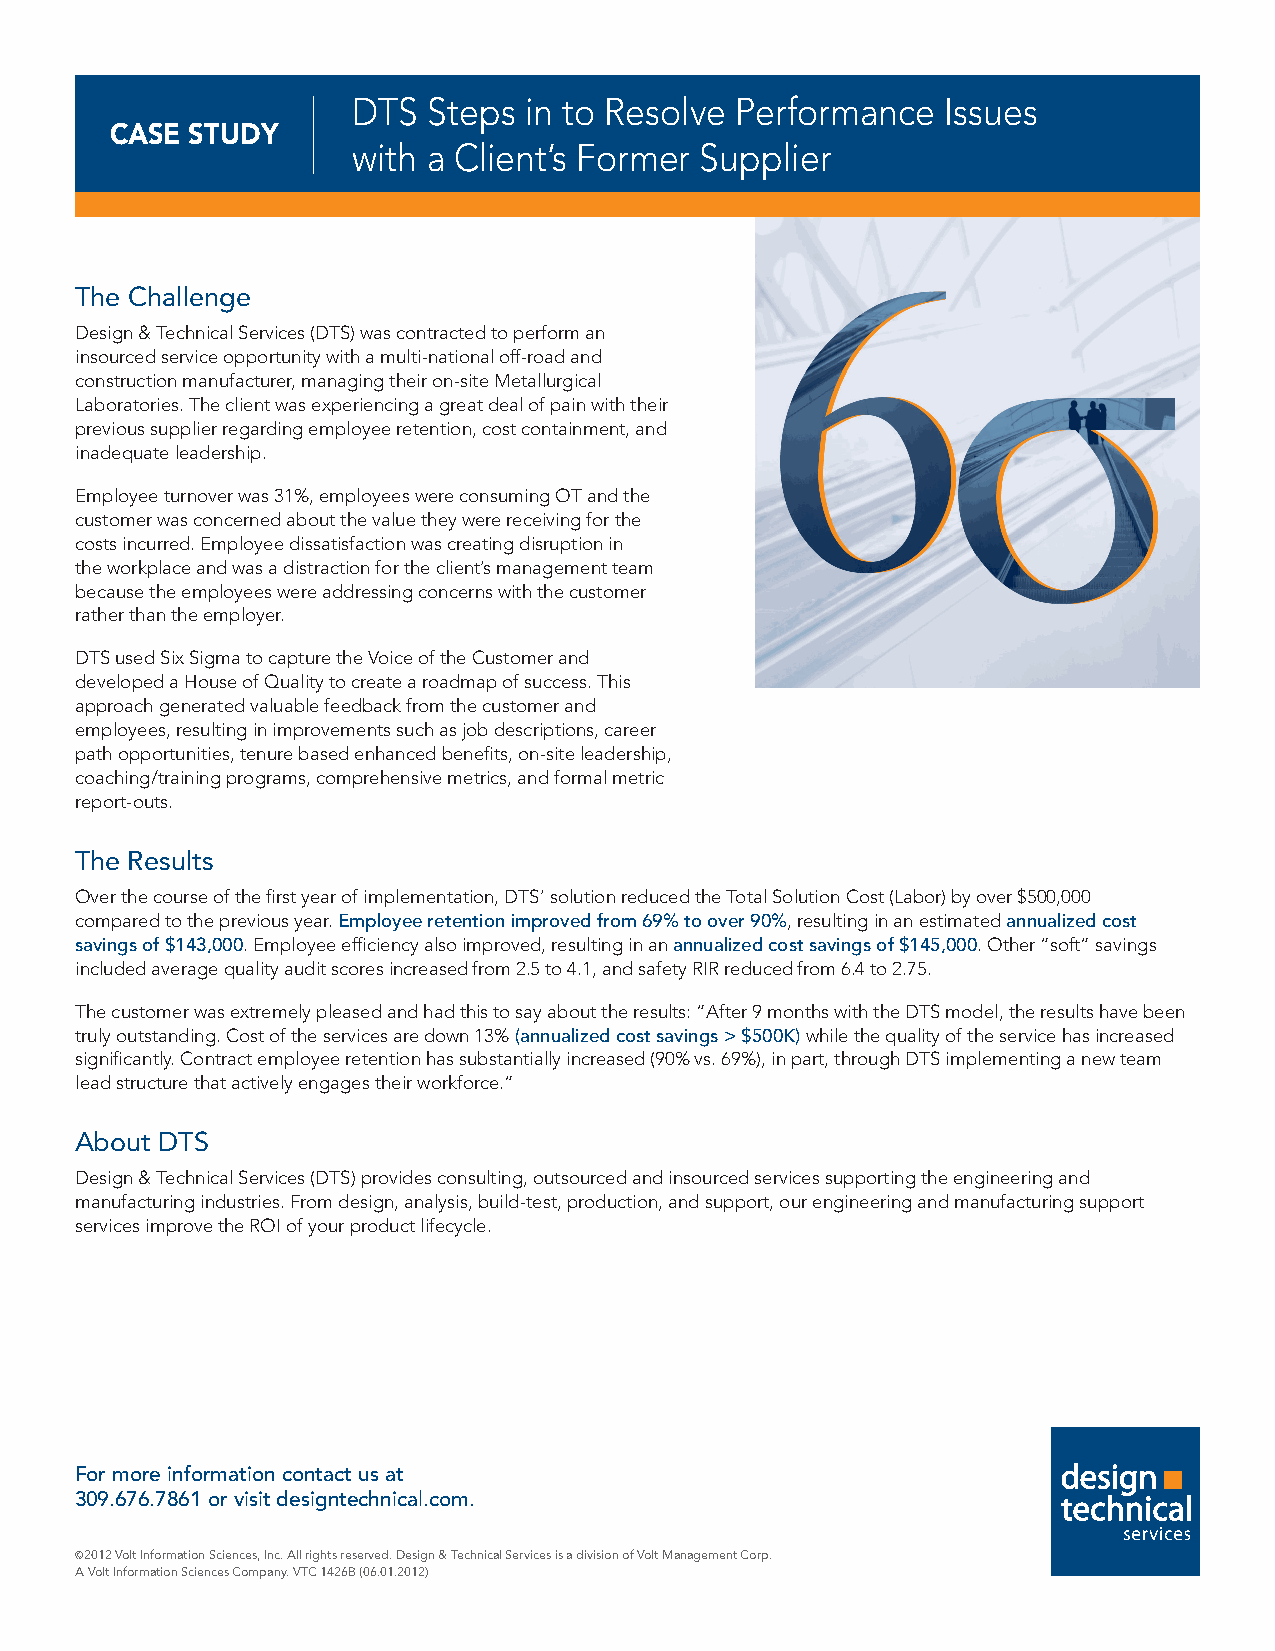
DTS  Steps  in to Resolve Performance   Issues
 CASE  STUDY
 with a Client’s Former Supplier
 The Challenge
 Design & Technical Services (DTS) was contracted to perform an
 insourced service opportunity with a multi-national off-road and
 construction manufacturer, managing their on-site Metallurgical
 Laboratories. The client was experiencing a great deal of pain with their
 previous supplier regarding employee retention, cost containment, and
 inadequate leadership.
 Employee turnover was 31%, employees were consuming OT and the
 customer was concerned about the value they were receiving for the
 costs incurred. Employee dissatisfaction was creating disruption in
 the workplace and was a distraction for the client’s management team
 because the employees were addressing concerns with the customer
 rather than the employer.
 DTS used Six Sigma to capture the Voice of the Customer and
 developed a House of Quality to create a roadmap of success. This
 approach generated valuable feedback from the customer and
 employees, resulting in improvements such as job descriptions, career
 path opportunities, tenure based enhanced benefits, on-site leadership,
 coaching/training programs, comprehensive metrics, and formal metric
 report-outs.
 The Results
 Over the course of the first year of implementation, DTS’ solution reduced the Total Solution Cost (Labor) by over $500,000
 compared to the previous year. Employee retention improved from 69% to over 90%, resulting in an estimated annualized cost
 savings of $143,000. Employee efficiency also improved, resulting in an annualized cost savings of $145,000. Other “soft” savings
 included average quality audit scores increased from 2.5 to 4.1, and safety RIR reduced from 6.4 to 2.75.
 The customer was extremely pleased and had this to say about the results: “After 9 months with the DTS model, the results have been
 truly outstanding. Cost of the services are down 13% (annualized cost savings > $500K) while the quality of the service has increased
 significantly. Contract employee retention has substantially increased (90% vs. 69%), in part, through DTS implementing a new team
 lead structure that actively engages their workforce.”
 About DTS
 Design & Technical Services (DTS) provides consulting, outsourced and insourced services supporting the engineering and
 manufacturing industries. From design, analysis, build-test, production, and support, our engineering and manufacturing support
 services improve the ROI of your product lifecycle.
 For more information contact us at
 309.676.7861 or visit designtechnical.com.
 ©2012 Volt Information Sciences, Inc. All rights reserved. Design & Technical Services is a division of Volt Management Corp.
 A Volt Information Sciences Company. VTC 1426B (06.01.2012)